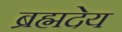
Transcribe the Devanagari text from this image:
ब्रह्मदेय